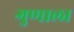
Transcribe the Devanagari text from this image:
गुणाला